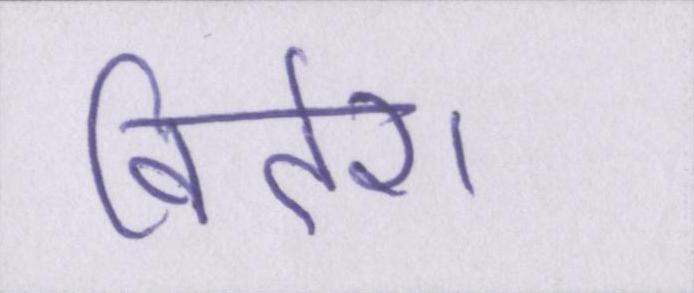
विदेश